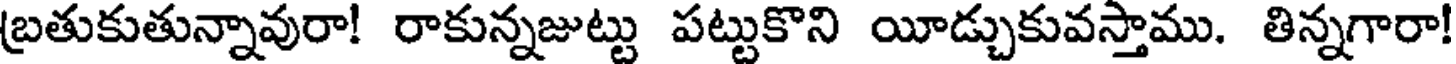
బ్రతుకుతున్నావురా! రాకున్నజుట్టు పట్టుకొని యీడ్చుకువస్తాము. తిన్నగారా!